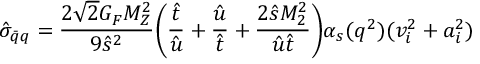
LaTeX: { \hat { \sigma } } _ { { \bar { q } } q } = { \frac { 2 { \sqrt 2 } G _ { F } M _ { Z } ^ { 2 } } { 9 { \hat { s } } ^ { 2 } } } \biggl ( { \frac { \hat { t } } { \hat { u } } } + { \frac { \hat { u } } { \hat { t } } } + { \frac { 2 { \hat { s } } M _ { 2 } ^ { 2 } } { { \hat { u } } { \hat { t } } } } \biggr ) \alpha _ { s } ( q ^ { 2 } ) ( v _ { i } ^ { 2 } + a _ { i } ^ { 2 } )